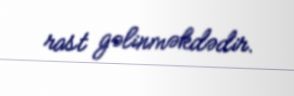
rast gəlinməkdədir.